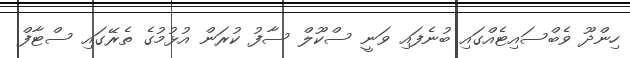
ހިންދޫ ވެބްސައިޓެއްގައި ބުނެފައި ވަނީ ސްކޫލް ސާފު ކުރަން އުޅުމުގެ ތެރޭގައި ސްޓާފް